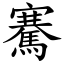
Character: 騫